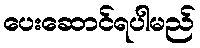
ပေးဆောင်ရပါမည်